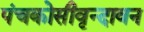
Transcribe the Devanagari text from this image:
पंचकोसीवृन्दावन